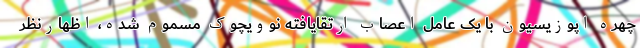
چهره اپوزیسیون با یک عامل اعصاب ارتقایافته نوویچوک مسموم شده، اظهارنظر